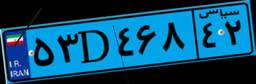
۵۳D۴۶۸۴۲